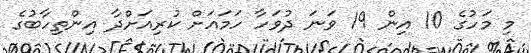
މި މަހުގެ 10 އިން 19 ވަނަ ދުވަހާ ހަމައަށް ކުރިއަށްދާ އިންތިހާބުގެ